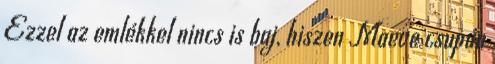
Ezzel az emlékkel nincs is baj, hiszen Maeve csupán